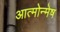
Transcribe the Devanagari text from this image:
आत्मोन्मेष